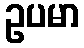
ဥပမာ